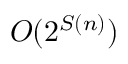
O ( 2 ^ { S ( n ) } )